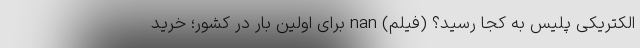
الکتریکی پلیس به کجا رسید؟ (فیلم) nan برای اولین بار در کشور؛ خرید